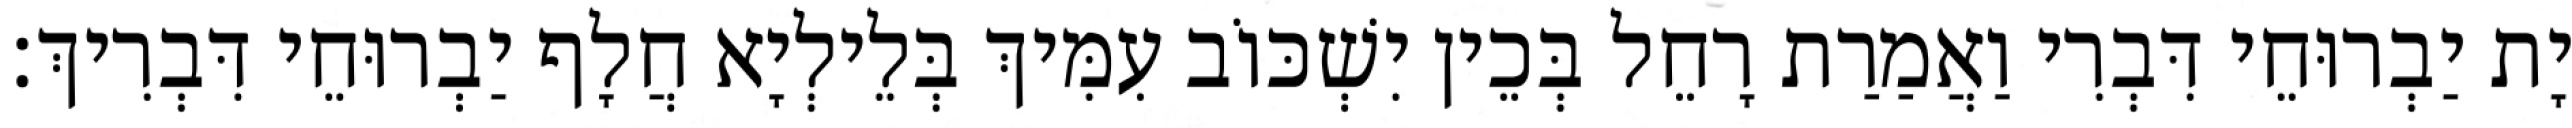
יָת יַבְרוּחֵי דִּבְרִי וַאֲמַרַת רָחֵל בְּכֵין יִשְׁכּוֹב עִמִּיךְ בְּלֵילְיָא חֲלָף יַבְרוּחֵי דִּבְרִיךְ׃